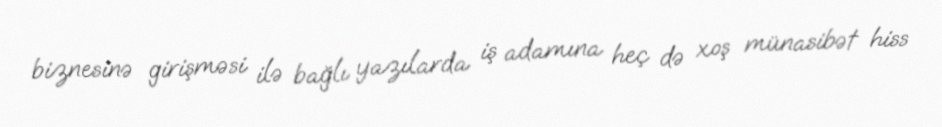
biznesinə girişməsi ilə bağlı yazılarda iş adamına heç də xoş münasibət hiss